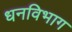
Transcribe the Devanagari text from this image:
धनविभाग